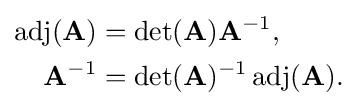
{\begin{aligned}\operatorname {adj} (\mathbf {A} )&=\det(\mathbf {A} )\mathbf {A} ^{-1},\\\mathbf {A} ^{-1}&=\det(\mathbf {A} )^{-1}\operatorname {adj} (\mathbf {A} ).\end{aligned}}